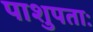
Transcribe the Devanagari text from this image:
पाशुपताः